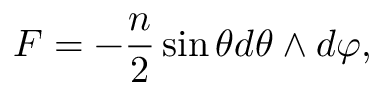
F = - { \frac { n } { 2 } } \sin \theta d \theta \wedge d \varphi ,